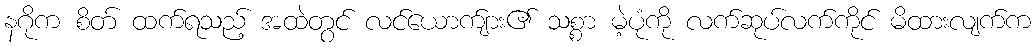
နဂိုက စိတ် ထက်ရသည့် အထဲတွင် လင်ယောက်ျား၏ သစ္စာ မဲ့ပုံကို လက်ဆုပ်လက်ကိုင် မိထားလျက်က